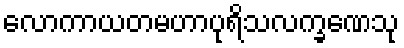
လောကာယတမဟာပုရိသလက္ခဏေသု